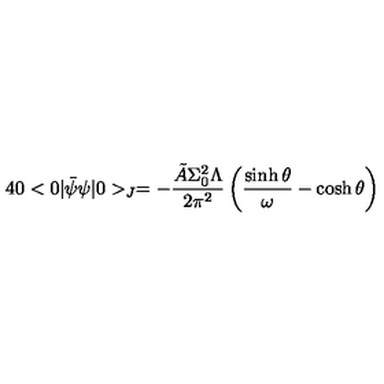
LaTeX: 4 0 < 0 \vert \bar { \psi } \psi \vert 0 > _ { J } = - \frac { \tilde { A } \Sigma _ { 0 } ^ { 2 } \Lambda } { 2 \pi ^ { 2 } } \left( \frac { \sinh \theta } { \omega } - \cosh \theta \right)